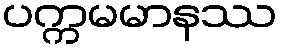
ပက္ကမမာနဿ